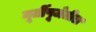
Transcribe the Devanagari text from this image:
मूर्तीपूजेतील